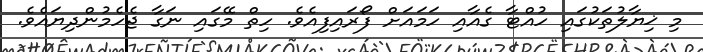
މި ޚިޔާލުތަކުގައި ހުއްޓާ ގެއާއި ހަމައަށް ފޯރައިފިއެވެ. ހިތް މޭގައި ނަގާ ޖެހެމުންދިޔައެވެ.